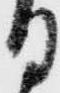
日